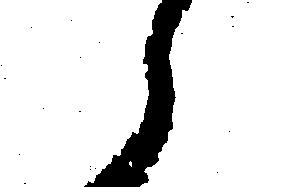
候